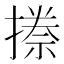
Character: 𭢏